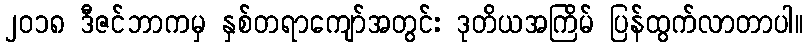
၂၀၁၈ ဒီဇင်ဘာကမှ နှစ်တရာကျော်အတွင်း ဒုတိယအကြိမ် ပြန်ထွက်လာတာပါ။